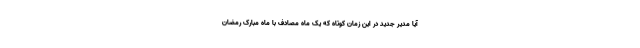
آیا مدیر جدید در این زمان کوتاه که یک ماه مصادف با ماه مبارک رمضان